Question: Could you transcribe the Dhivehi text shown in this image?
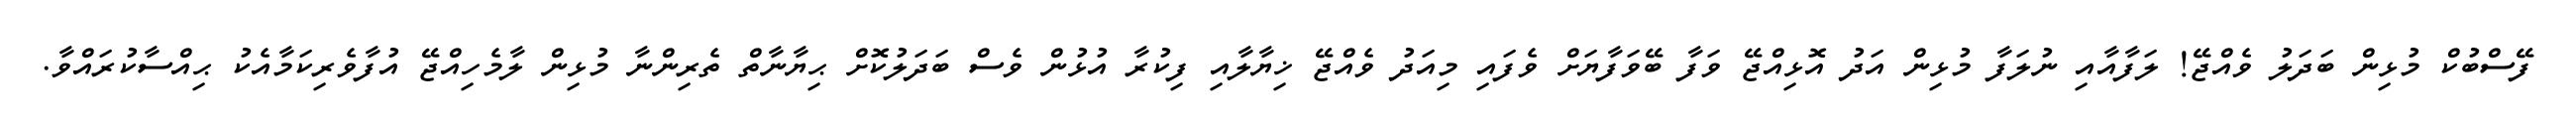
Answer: ފޭސްބުކް މުޅިން ބަދަލު ވެއްޖޭ! ލަފާއާއި ނުލަފާ މުޅިން އަދު އޮޅިއްޖޭ ވަފާ ބޭވަފާޔަށް ވެފައި މިއަދު ވެއްޖޭ ޚިޔާލާއި ފިކުރާ އުޅުން ވެސް ބަދަލުކޮށް ޙިޔާނާތް ތެރިންނާ މުޅިން ލާމެހިއްޖޭ އުފާވެރިކަމާއެކު ޙިއްސާކުރައްވާ.